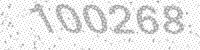
Solution: 100268